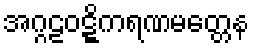
အဂ္ဂဠဝဋ္ဋိကရဏမတ္တေန